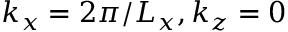
k _ { x } = 2 \pi / L _ { x } , k _ { z } = 0